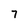
Character: 7